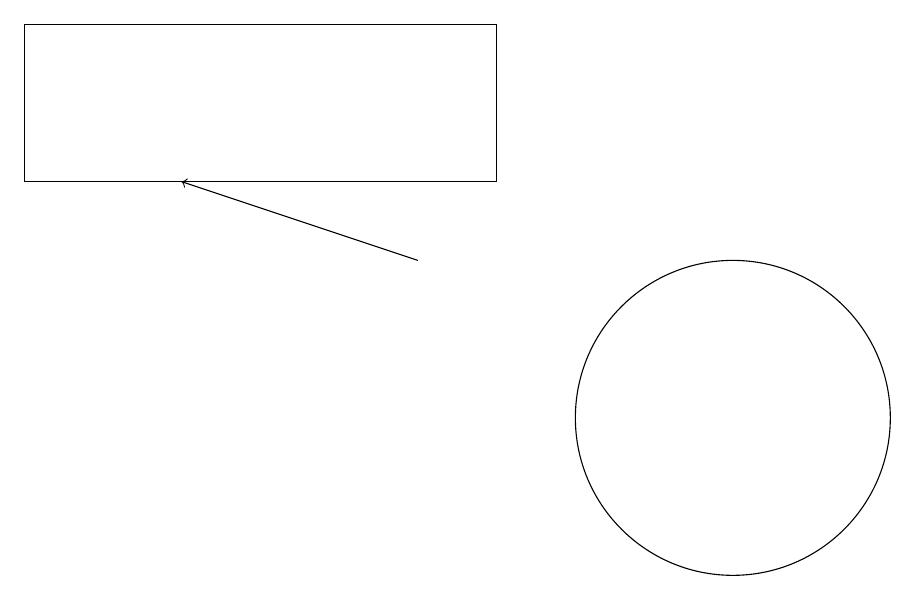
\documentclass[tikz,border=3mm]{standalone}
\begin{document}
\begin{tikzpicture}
\draw[->] (6,13) -- (3,14);
\draw (10,11) circle (2);
\draw (7,14) rectangle (1,16);
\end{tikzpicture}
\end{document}